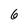
Character: 6